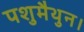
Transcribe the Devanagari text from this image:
पशुमैथुन।